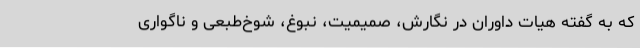
که به گفته هیات داوران در نگارش، صمیمیت، نبوغ، شوخ‌طبعی و ناگواری